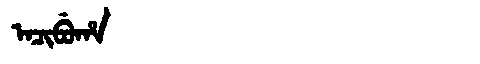
Manchu: ᠠᠴᡳᠪᡠᡥᠠ
Romanization: ACIBUHA